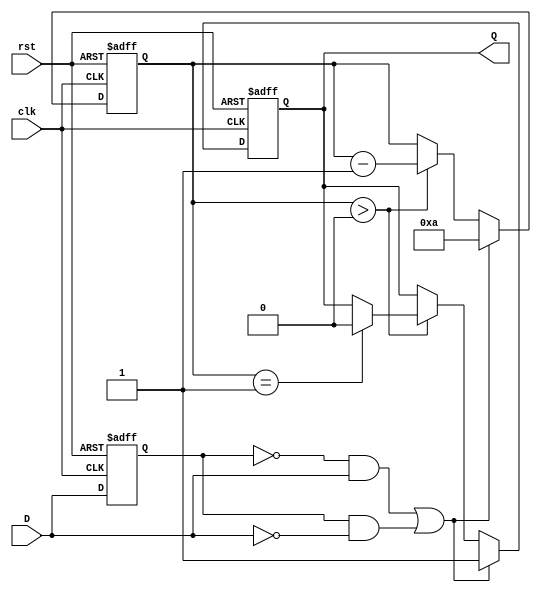
module MonostableEdgeDetector (
    input wire clk,           // Clock input
    input wire rst,           // Active high reset
    input wire D,            // Input signal to be monitored
    output reg Q             // Output pulse signal
);

    // Parameter for pulse width in clock cycles
    parameter PULSE_WIDTH = 10;

    reg D_prev;               // Previous state of the input signal
    reg [3:0] pulse_counter;  // Counter for generating pulse width

    // State update on clock edge
    always @(posedge clk or posedge rst) begin
        if (rst) begin
            D_prev <= 1'b0;
            Q <= 1'b0;
            pulse_counter <= 0;
        end else begin
            // Edge detection logic
            if ((D_prev == 1'b0 && D == 1'b1) || (D_prev == 1'b1 && D == 1'b0)) begin
                // An edge was detected, initiate pulse
                Q <= 1'b1;
                pulse_counter <= PULSE_WIDTH; // Load the pulse width
            end else if (pulse_counter > 0) begin
                // Decrement counter and keep output high if pulse is active
                pulse_counter <= pulse_counter - 1;
                if (pulse_counter == 1) begin
                    Q <= 1'b0; // Reset the output at the end of the pulse
                end
            end
            
            // Update previous state
            D_prev <= D;
        end
    end

endmodule